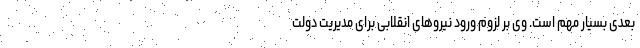
بعدی بسیار مهم است. وی بر لزوم ورود نیروهای انقلابی برای مدیریت دولت